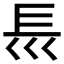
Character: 𡿴